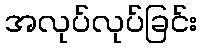
အလုပ်လုပ်ခြင်း